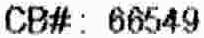
CB#: 66549